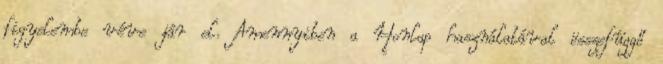
figyelembe véve jár el. Amennyiben a Honlap használatával összefüggő